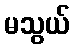
မသွယ်